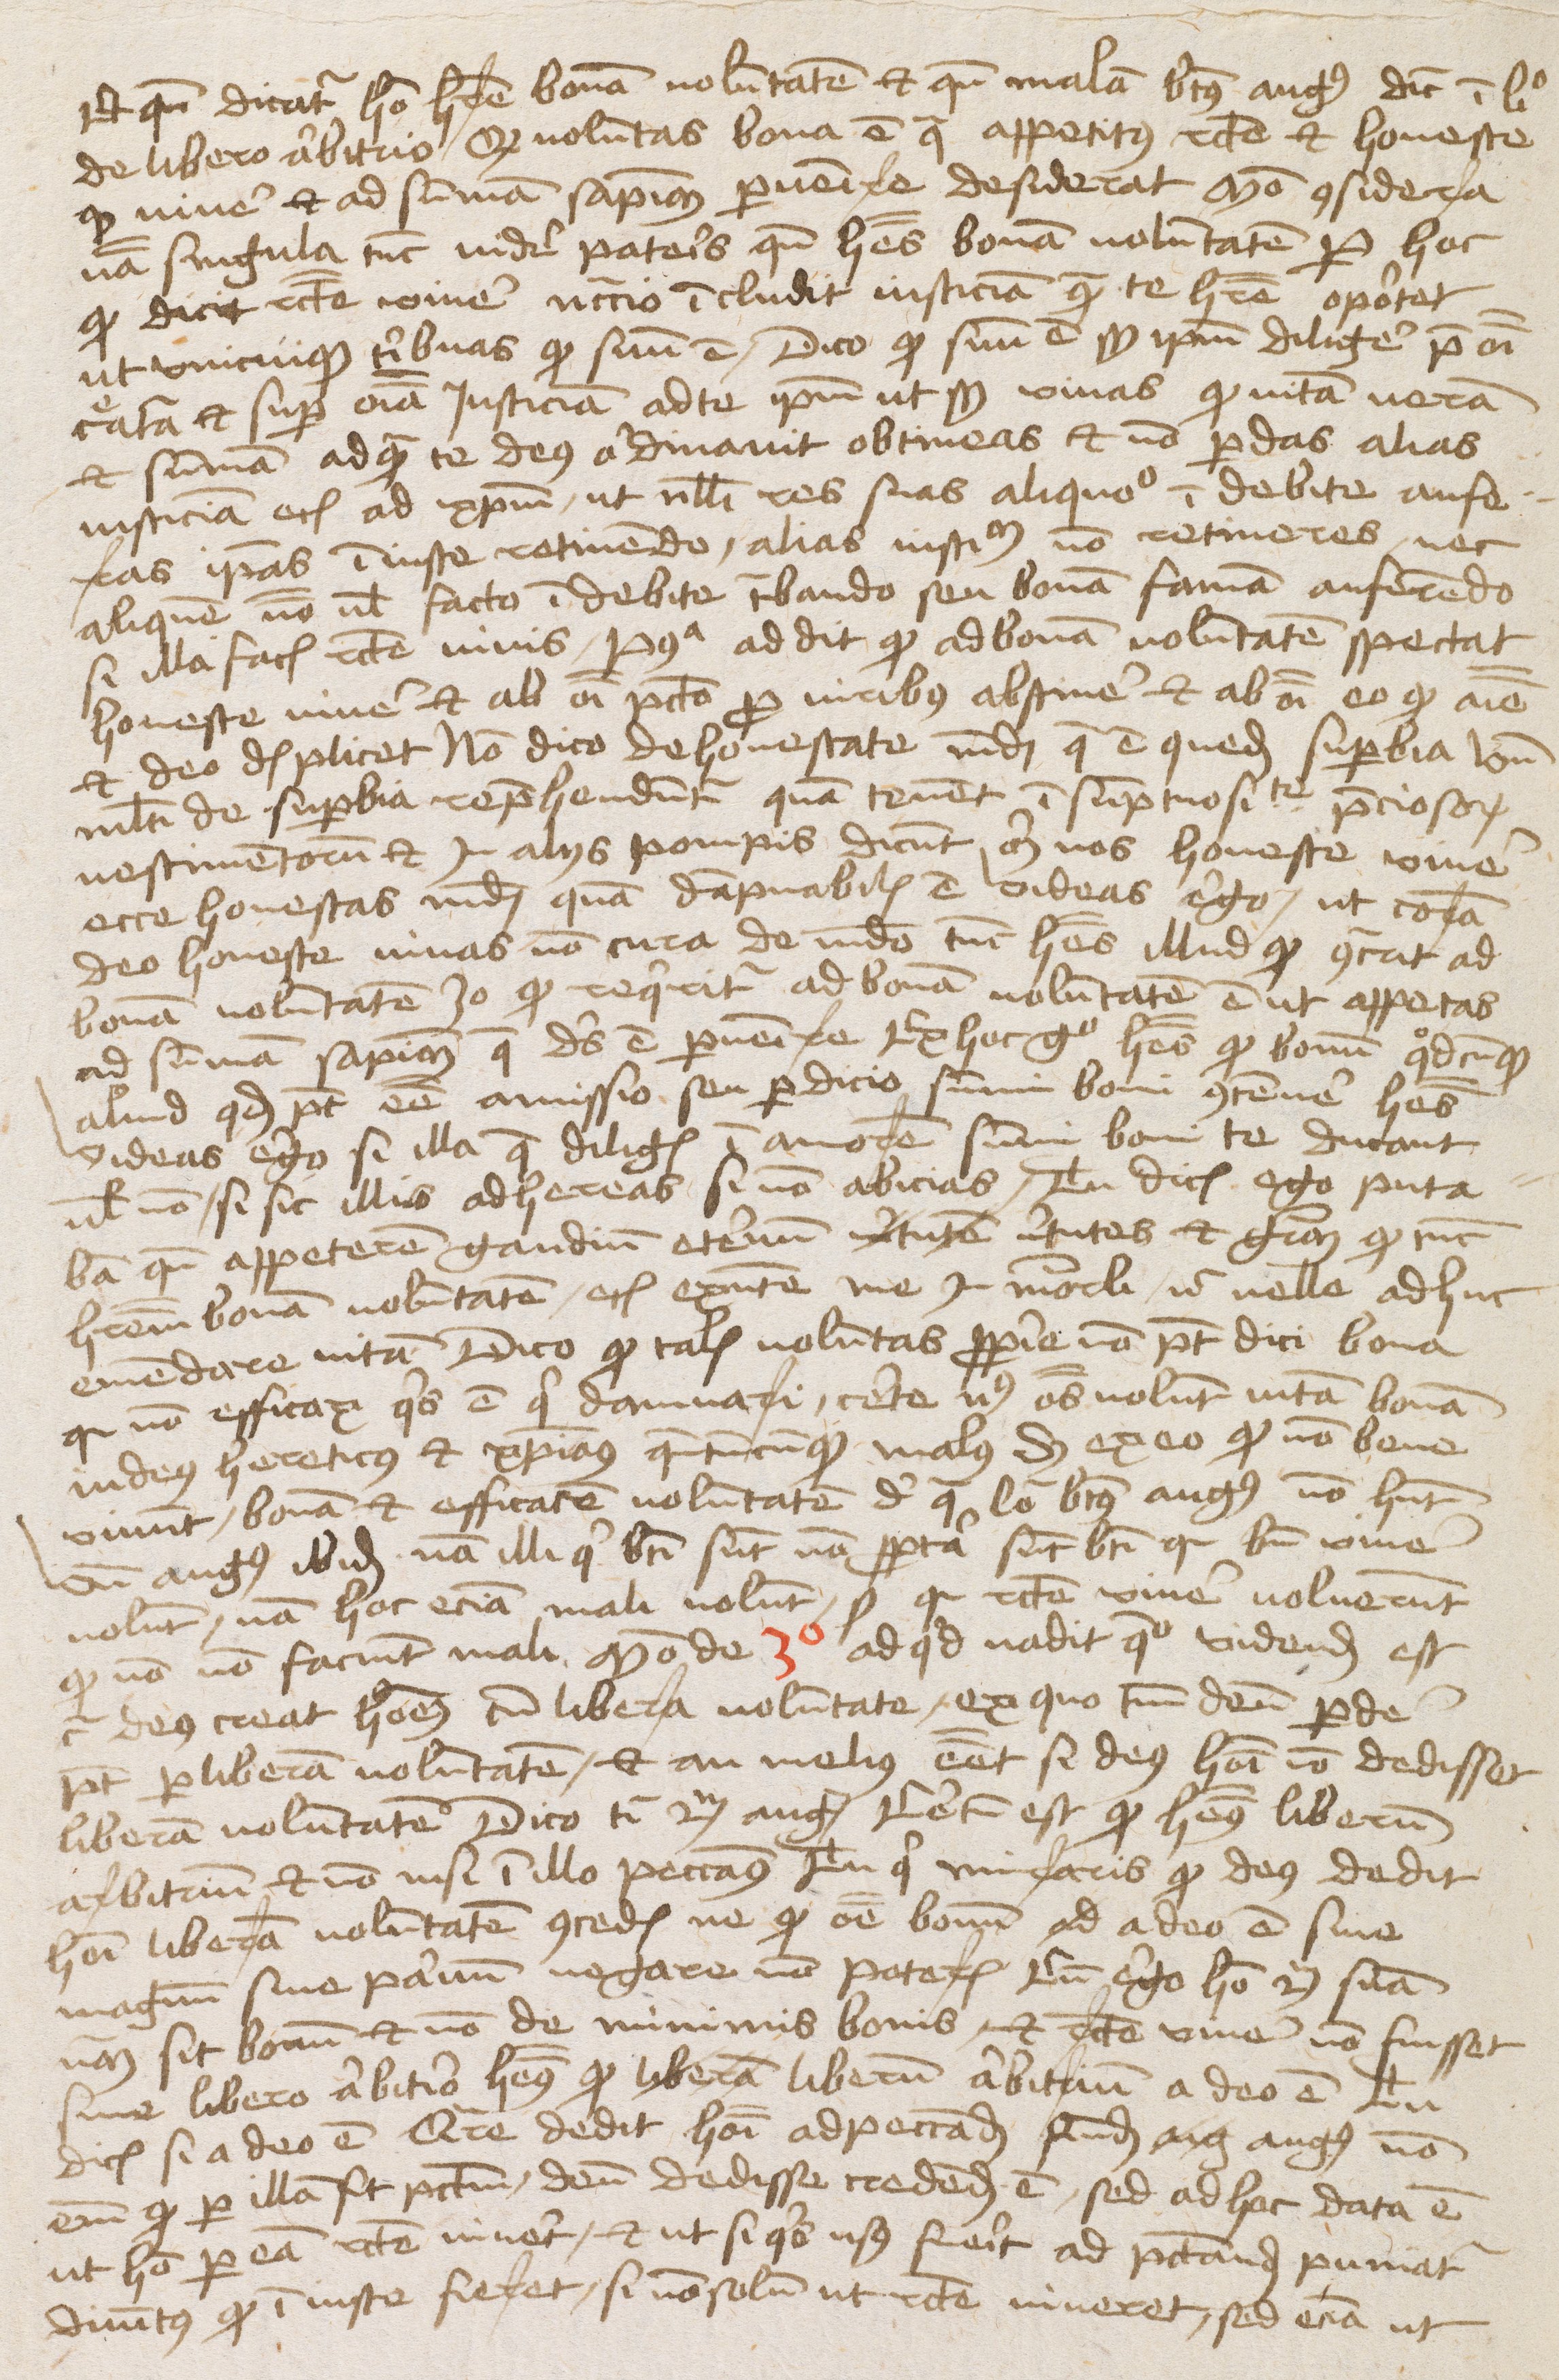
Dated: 1475–1495